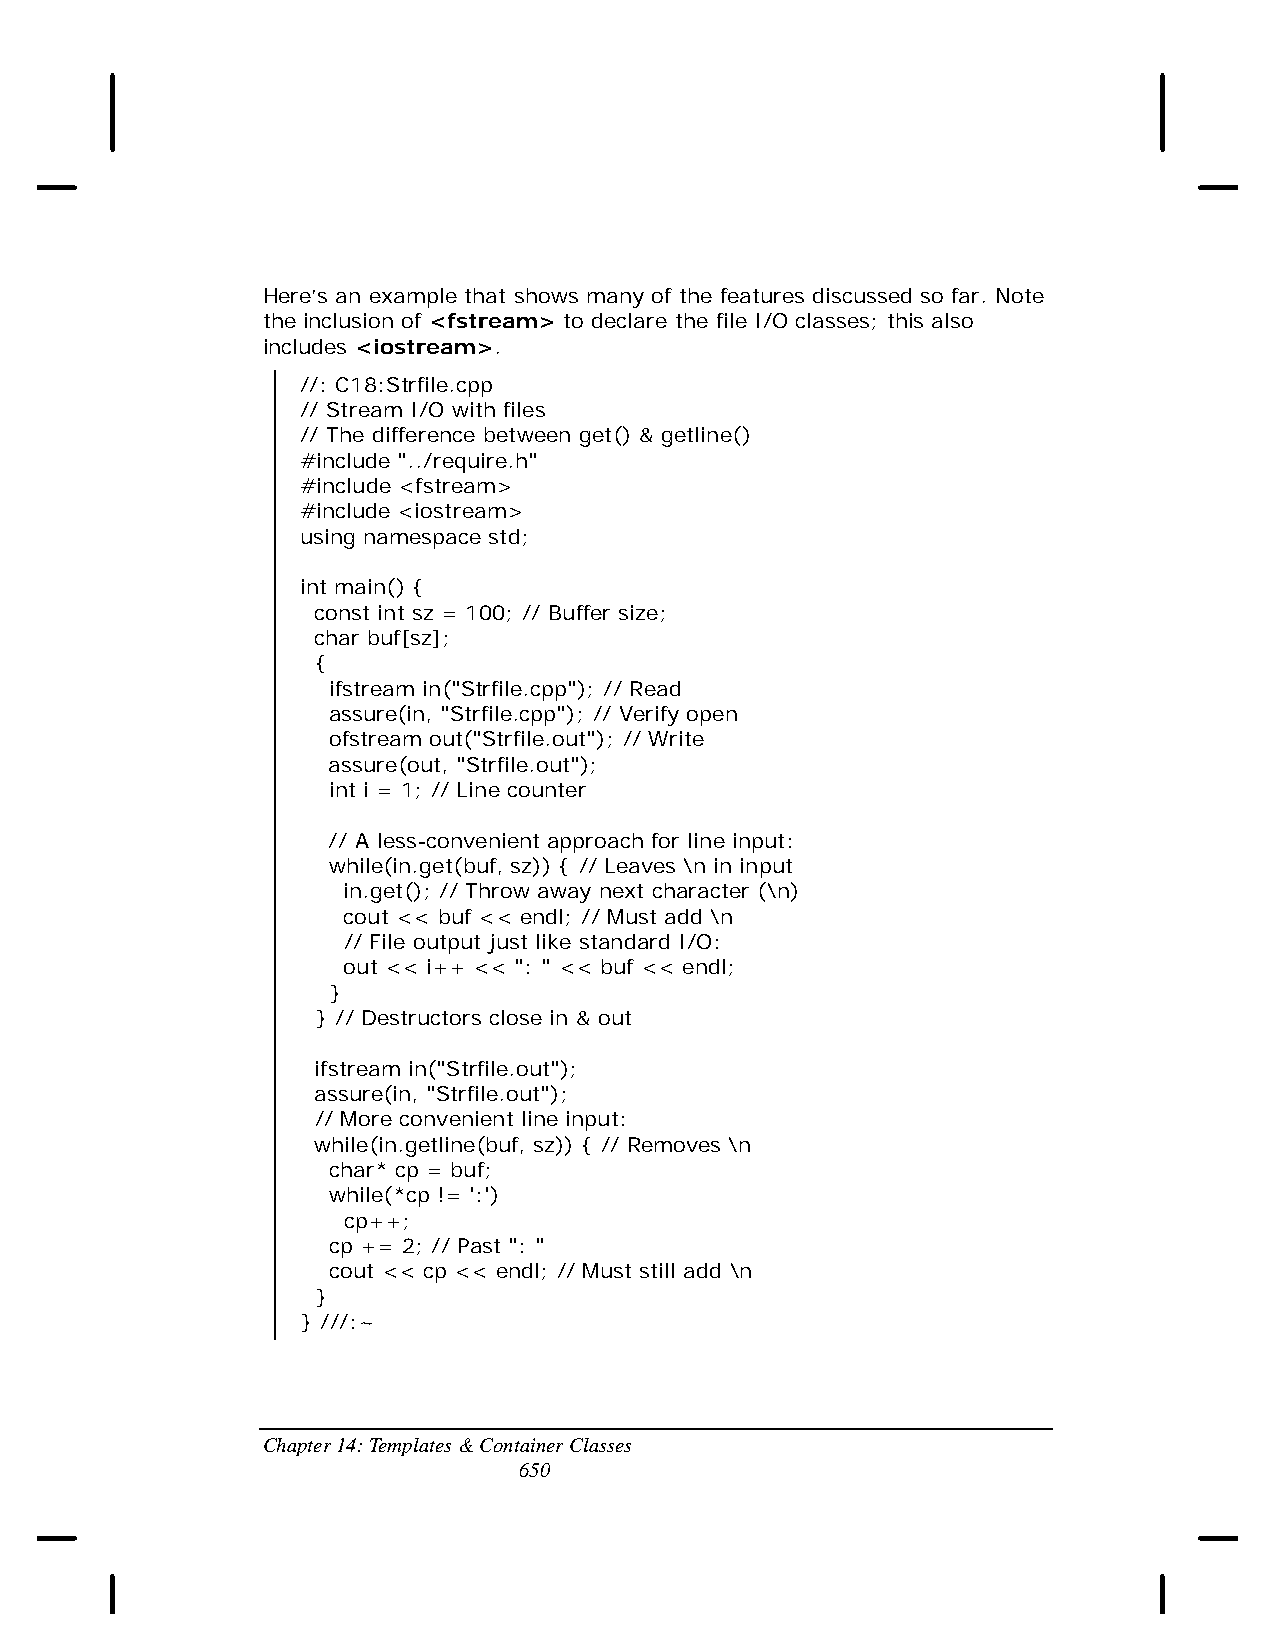
Here’s an example that shows many of the features discussed so far. Note
 the inclusion of <fstream> to declare the file I/O classes; this also
 includes <iostream>.
 //: C18:Strfile.cpp
 // Stream I/O with files
 // The difference between get() & getline()
 #include "../require.h"
 #include <fstream>
 #include <iostream>
 using namespace std;
 int main() {
 const int sz = 100; // Buffer size;
 char buf[sz];
 {
 ifstream in("Strfile.cpp"); // Read
 assure(in, "Strfile.cpp"); // Verify open
 ofstream out("Strfile.out"); // Write
 assure(out, "Strfile.out");
 int i = 1; // Line counter
 // A less-convenient approach for line input:
 while(in.get(buf, sz)) { // Leaves \n in input
 in.get(); // Throw away next character (\n)
 cout << buf << endl; // Must add \n
 // File output just like standard I/O:
 out << i++ << ": " << buf << endl;
 }
 } // Destructors close in & out
 ifstream in("Strfile.out");
 assure(in, "Strfile.out");
 // More convenient line input:
 while(in.getline(buf, sz)) { // Removes \n
 char* cp = buf;
 while(*cp != ':')
 cp++;
 cp += 2; // Past ": "
 cout << cp << endl; // Must still add \n
 }
 } ///:~
 Chapter 14: Templates & Container Classes
 650